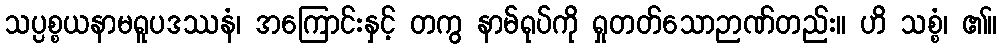
သပ္ပစ္စယနာမရူပဒဿနံ၊ အကြောင်းနှင့် တကွ နာမ်ရုပ်ကို ရှုတတ်သောဉာဏ်တည်း။ ဟိ သစ္စံ၊ ၏။